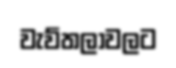
වැව්තලාවලට